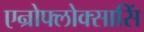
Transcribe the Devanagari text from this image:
एन्रोफ्लोक्सासिं